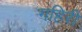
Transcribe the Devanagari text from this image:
गहिरी